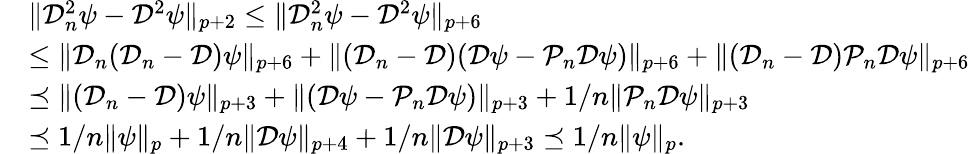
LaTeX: \begin{array}{rl}&{\| \mathcal{D}_{n}^{2}\psi-\mathcal{D}^{2}\psi\| _{p+2}\leq\| \mathcal{D}_{n}^{2}\psi-\mathcal{D}^{2}\psi\| _{p+6}}\\ &{\leq\| \mathcal{D}_{n}(\mathcal{D}_{n}-\mathcal{D})\psi\| _{p+6}+\| (\mathcal{D}_{n}-\mathcal{D})(\mathcal{D}\psi-\mathcal{P}_{n}\mathcal{D}\psi)\| _{p+6}+\| (\mathcal{D}_{n}-\mathcal{D})\mathcal{P}_{n}\mathcal{D}\psi\| _{p+6}}\\ &{\preceq\| (\mathcal{D}_{n}-\mathcal{D})\psi\| _{p+3}+\| (\mathcal{D}\psi-\mathcal{P}_{n}\mathcal{D}\psi)\| _{p+3}+1/n\| \mathcal{P}_{n}\mathcal{D}\psi\| _{p+3}}\\ &{\preceq 1/n\| \psi\| _{p}+1/n\| \mathcal{D}\psi\| _{p+4}+1/n\| \mathcal{D}\psi\| _{p+3}\preceq 1/n\| \psi\| _{p}.}\end{array}